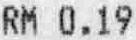
RM 0.19